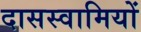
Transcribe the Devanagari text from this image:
दासस्वामियों